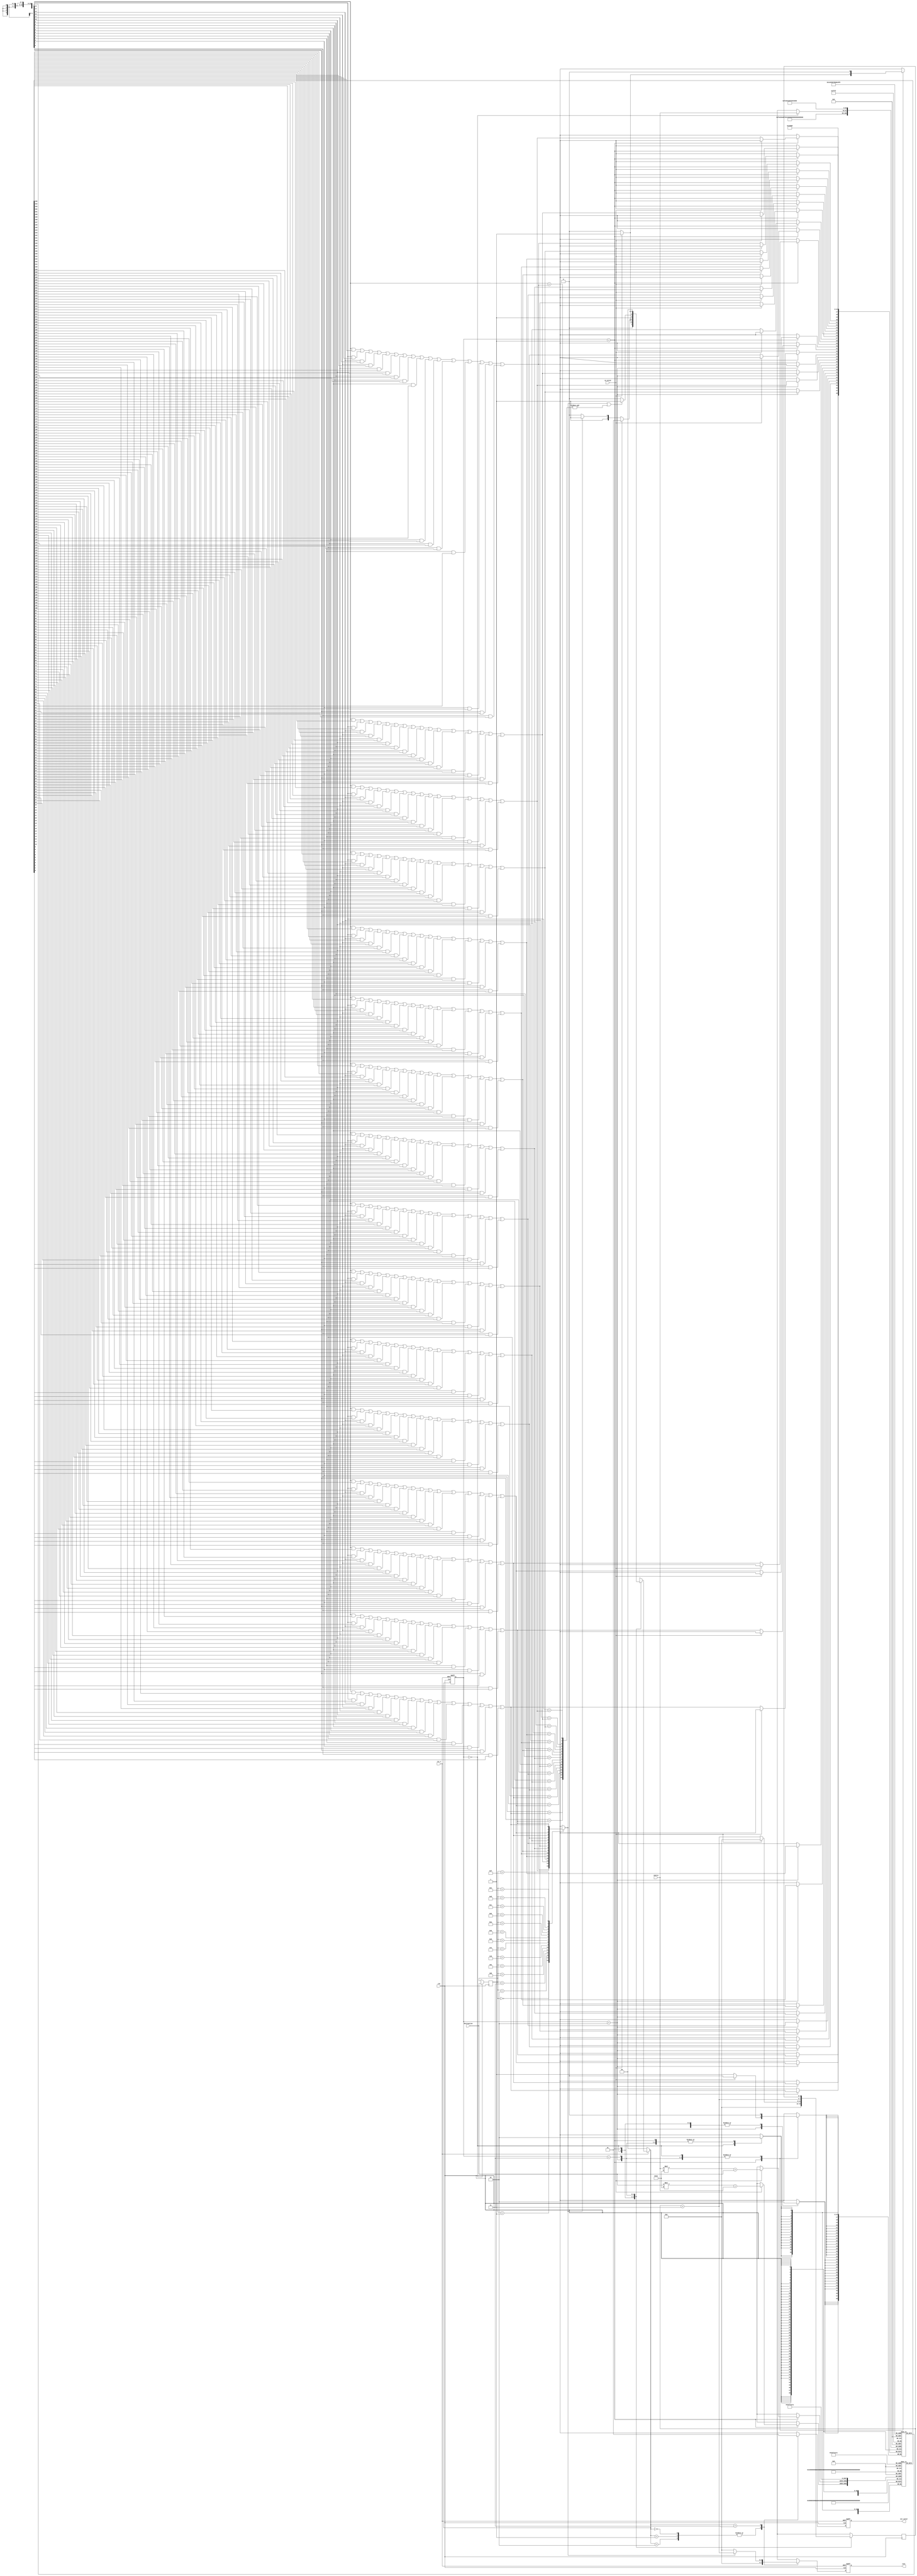
module TT (
  // Input port
  clk,
  rst_n,
  in_valid,
  source,
  destination,
  // Output port
  out_valid,
  cost
);

input clk, rst_n, in_valid;
input [3:0] source, destination;
output reg out_valid;
output reg [3:0] cost;

parameter [1:0] Idle = 0; 
parameter [1:0] Read = 1;
parameter [1:0] Search = 2;
parameter [1:0] Done = 3;

integer i, j;
genvar g_i, g_j;

reg [1:0] state, next_state;

reg [3:0] d;
reg [3:0] dis;
reg e[0:15][0:15];
reg v[0:15];
wire v_next[0:15];


/*wire e_next [0:15][0:15];
generate
	for (g_i = 0; g_i <= 15; g_i = g_i + 1) begin : test
		for (g_j = 0; g_j <= 15; g_j = g_j + 1) begin : test1
			assign e_next[g_i][g_j] = ((g_i == source && g_j == destination) || (g_i == destination && g_j == source) ? 1'b1 : e[g_i][g_j]);
		end
	end
endgenerate*/

// Use BFS update v (heck whether each node can be accessed)
generate
  for (g_i=0; g_i<=15; g_i=g_i+1) begin : test2
    assign v_next[g_i] = ( (v[0]&&e[0][g_i])   || (v[1]&&e[1][g_i])   || (v[2]&&e[2][g_i])   || (v[3]&&e[3][g_i])   || 
                           (v[4]&&e[4][g_i])   || (v[5]&&e[5][g_i])   || (v[6]&&e[6][g_i])   || (v[7]&&e[7][g_i])   ||
                           (v[8]&&e[8][g_i])   || (v[9]&&e[9][g_i])   || (v[10]&&e[10][g_i]) || (v[11]&&e[11][g_i]) ||
                           (v[12]&&e[12][g_i]) || (v[13]&&e[13][g_i]) || (v[14]&&e[14][g_i]) || (v[15]&&e[15][g_i])  );
  end
endgenerate

/*wor v_next [0:15];
generate
	for (g_i = 0; g_i <= 15; g_i = g_i + 1) begin : test2
		for (g_j = 0; g_j <= 15; g_j = g_j + 1) begin : test3
			if (g_j < g_i) begin
				assign v_next[g_i] = (v[g_j] && e[g_j][g_i]);
			end
			else if (g_j == g_i) begin
				assign v_next[g_i] = v[g_j];
			end
			else if (g_j > g_i) begin
				assign v_next[g_i] = (v[g_j] && e[g_i][g_j]);
			end
		end
	end
endgenerate*/


// access destination
wire bfs_found;
assign bfs_found = v_next[d];

// bfs end criteria
wand bfs_end;
generate
	for (g_i = 0; g_i <= 15; g_i = g_i + 1) begin : test4
		assign bfs_end = (v[g_i] == v_next[g_i]);
	end
endgenerate

// Current state logic (sequential)
always@(posedge clk or negedge rst_n) begin
  if(!rst_n) state <= Idle;
  else state <= next_state;
end

// Next state logic (combinational)
always@(*) begin
  if (!rst_n) next_state = Idle;
  else begin
    case(state)
      Idle: begin
        if (in_valid) next_state = Read;
        else next_state = Idle;
      end
      Read: begin
        if (in_valid) next_state = Read;
        else begin
          if (bfs_found) next_state = Done;
          else next_state = Search;
        end
      end
      Search: begin
        if(bfs_found || bfs_end) next_state = Done;
        else next_state = Search;
      end
      Done: next_state = Idle;
      default:next_state = state;
    endcase
  end
end

always@(posedge clk) begin
  case(state)
    Idle: begin
      // Initialize e

      /*
      for (i = 0; i <= 15; i = i + 1)
				for (j = i + 1; j <= 15; j = j + 1) e[i][j] <= 1'b0;
      */
      for (i = 0; i <= 15; i = i + 1) begin
				for (j = 0; j <= 15; j = j + 1) begin
          if (i==j) e[i][j] <= 1'b1;
          else e[i][j] <= 1'b0;
        end
      end

      // Initiaize v
      for (i=0; i<=15; i=i+1) v[i] <= 1'b0;
      // Source & Destination
      dis <= 4'd0;
      v[source] <= 1'b1;
      d <= destination;
    end
    Read: begin
      /*
      for (i = 0; i <= 15; i = i + 1)
					for (j = i + 1; j <= 15; j = j + 1) e[i][j] <= e_next[i][j];
      */
      if (in_valid) begin
        e[source][destination] <= 1'b1;
        e[destination][source] <= 1'b1;
        //for (i=0; i<=15; i=i+1) v[i] <= v[i];
        dis <= 4'd0;
      end

      else begin
        for (i=0; i<=15; i=i+1) v[i] <= v_next[i];
        dis <= dis + 1'b1;
      end
    end
    
    Search: begin
      for (i=0; i<=15; i=i+1) v[i] <= v_next[i];
      dis <= dis + 1'b1;
    end
    Done: dis <= dis;
  endcase
end




// out_valid
always@(posedge clk or negedge rst_n) begin
  if (!rst_n) out_valid <= 0;
  else begin
    case(next_state)
      Idle, Read, Search: out_valid <= 1'b0;
      Done : out_valid <= 1'b1;
    endcase
  end
end

// cost
always@(posedge clk or negedge rst_n) begin
  if (!rst_n) cost <= 0;
  else begin
    case(next_state)
      Idle, Read, Search: cost <= 1'b0;
      Done : begin 
        if (bfs_found) cost <= dis + 1'b1;
        else cost <= 1'b0;
      end
      default:cost <= cost;
    endcase
  end
end

endmodule